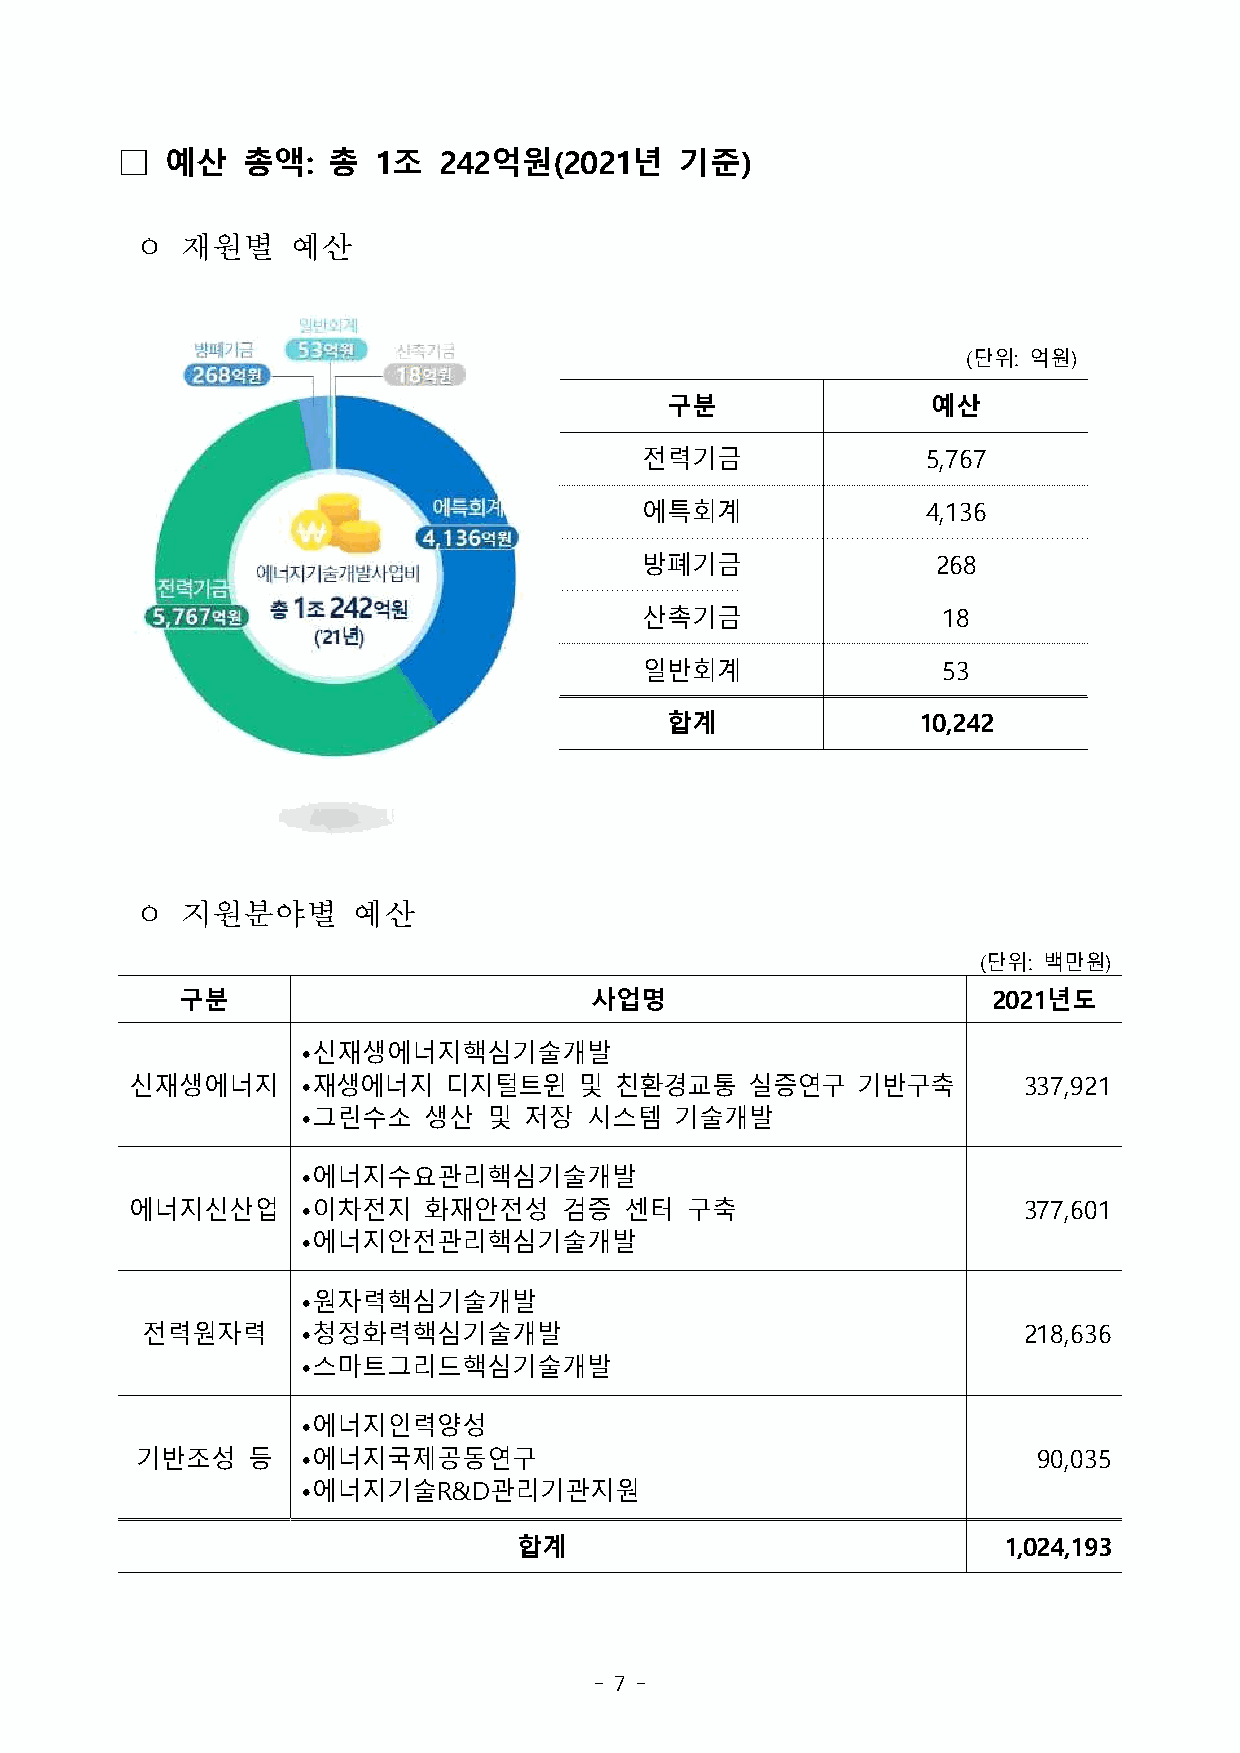
□  예산   총액:   총  1조  242억원(2021년     기준)
 ㅇ  재원별    예산
 (단위: 억원)
 구분                예산
 전력기금               5,767
 에특회계               4,136
 방폐기금                268
 산촉기금                18
 일반회계                53
 합계               10,242
 ㅇ  지원분야별      예산
 (단위: 백만원)
 구분                         사업명                        2021년도
 •신재생에너지핵심기술개발
 신재생에너지     •재생에너지   디지털트윈    및  친환경교통    실증연구   기반구축       337,921
 •그린수소   생산  및  저장  시스템   기술개발
 •에너지수요관리핵심기술개발
 에너지신산업     •이차전지   화재안전성    검증  센터  구축                     377,601
 •에너지안전관리핵심기술개발
 •원자력핵심기술개발
 전력원자력      •청정화력핵심기술개발                                     218,636
 •스마트그리드핵심기술개발
 •에너지인력양성
 기반조성   등   •에너지국제공동연구                                       90,035
 •에너지기술R&D관리기관지원
 합계                              1,024,193
 - 7 -